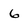
Character: 6